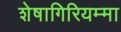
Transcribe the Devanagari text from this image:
शेषागिरियम्मा